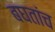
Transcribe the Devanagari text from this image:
बघतांच